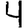
Digit: 4